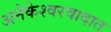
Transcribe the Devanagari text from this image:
अनेकेश्वरवादात